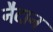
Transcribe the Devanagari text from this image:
नैदान